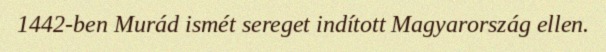
1442-ben Murád ismét sereget indított Magyarország ellen.